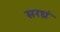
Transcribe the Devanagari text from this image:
सरध्रं